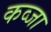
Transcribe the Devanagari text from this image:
कव्जा